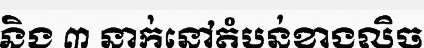
និង ៣ នាក់នៅតំបន់ខាងលិច